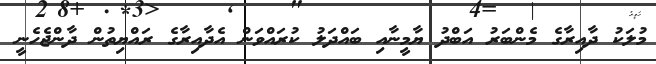
މުލަކު ދާއިރާގެ މެންބަރު އަބްދު ޔާމީނާއި ބައްދަލު ކުރައްވަން އެދާއިރާގެ ރައްޔިތުން ދާންޖެހެނީ